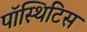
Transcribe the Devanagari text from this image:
पॉस्थिटिस